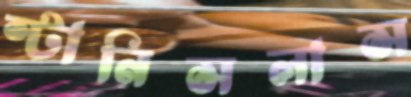
স্টানিসলাস